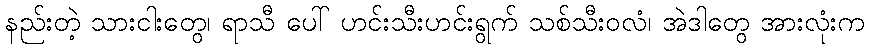
နည်းတဲ့ သားငါးတွေ၊ ရာသီ ပေါ် ဟင်းသီးဟင်းရွက် သစ်သီးဝလံ၊ အဲဒါတွေ အားလုံးက